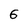
Character: 5